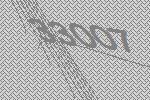
33007